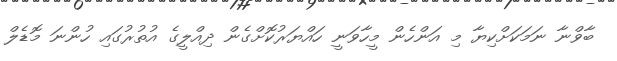
ބާވްނާ ނަމަކަށްކިޔާ މި އަންހެން މީހާވަނީ ހައްޔަރުކޮށްގެން ދިއްލީގެ އުތުރުގައި ހުންނަ މޮޑެލް